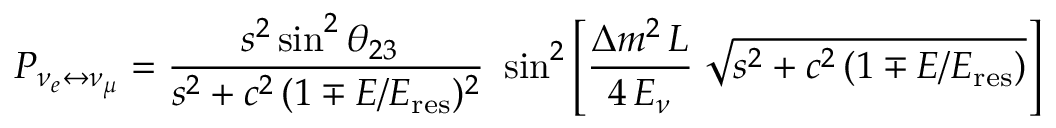
P _ { \nu _ { e } \leftrightarrow \nu _ { \mu } } = { \frac { s ^ { 2 } \sin ^ { 2 } \theta _ { 2 3 } ~ } { s ^ { 2 } + c ^ { 2 } \, ( 1 \mp E / E _ { \mathrm { r e s } } ) ^ { 2 } } } ~ \sin ^ { 2 } \left[ { \frac { \Delta m ^ { 2 } \, L } { 4 \, E _ { \nu } } } \; \sqrt { s ^ { 2 } + c ^ { 2 } \, ( 1 \mp E / E _ { \mathrm { r e s } } ) } \right]